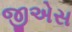
જીએસ